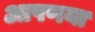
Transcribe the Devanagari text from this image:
आपणया